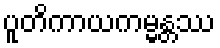
ပူတိကာယကမ္မန္တဿ